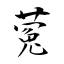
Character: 蒬